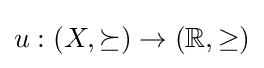
u:(X,\succeq )\to (\mathbb {R} ,\geq )